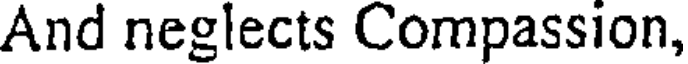
And neglects Compassion,